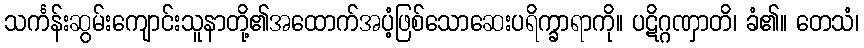
သင်္ကန်းဆွမ်းကျောင်းသူနာတို့၏အထောက်အပံ့ဖြစ်သောဆေးပရိက္ခာရာကို။ ပဋိဂ္ဂဏှာတိ၊ ခံ၏။ တေသံ၊